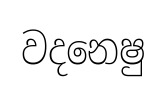
වදනෙෂු